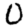
Digit: 0